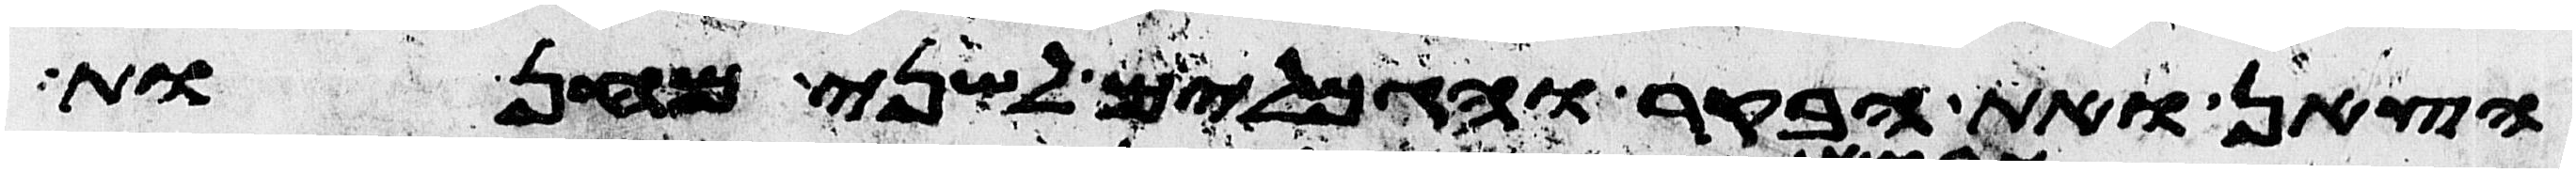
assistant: הצאן ואת הבקר והגמלים לשני מחנות